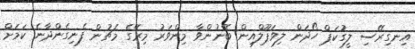
އިނގިރޭސި ލީގުކަޕް ހޯދަން ލިވަޕޫލްއިން ބޭނުންވާ މިންވަރު މިރޭގެ މެޗުން ފެނިގެންދާނެ ކަމަށް